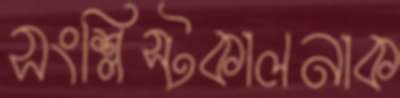
সংশ্লিস্টকালনাক